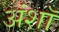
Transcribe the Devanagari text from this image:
अंशॉ